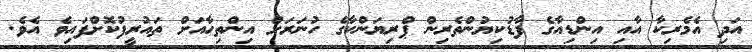
އަދި އެމެރިކާ އާއި އިންޑިއާގެ ފާޑުކިޔުންތެރިން ޕްރިޔަންކާގެ ހުނަރަށް އިންތިހާއަށް ތައުރީފުކޮށްފައިވެ އެވެ.